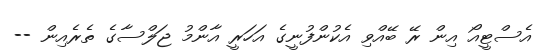
އެސްޓީއޯ އިން ރޭ ބޭއްވި އެކުންފުނީގެ އަހަރީ އާންމު ޖަލްސާގެ ތެެރެއިން --